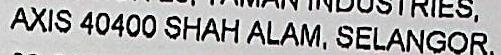
AXIS 40400 SHAH ALAM, SELANGOR.